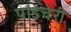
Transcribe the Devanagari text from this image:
पांडेचेरी